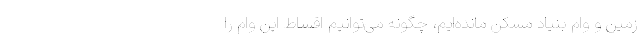
زمین و وام بنیاد مسکن مانده‌ایم، چگونه می‌توانیم اقساط این وام را